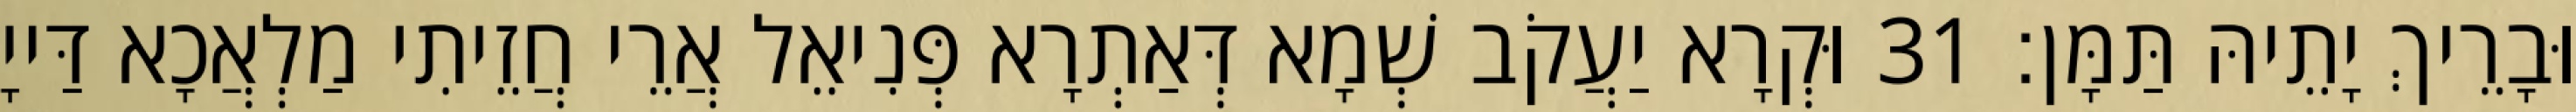
וּבָרֵיךְ יָתֵיהּ תַּמָּן׃ 31 וּקְרָא יַעֲקֹב שְׁמָא דְּאַתְרָא פְּנִיאֵל אֲרֵי חֲזֵיתִי מַלְאֲכָא דַּייָ